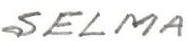
SELMA